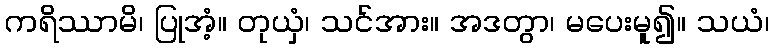
ကရိဿာမိ၊ ပြုအံ့။ တုယှံ၊ သင်အား။ အဒတွာ၊ မပေးမူ၍။ သယံ၊